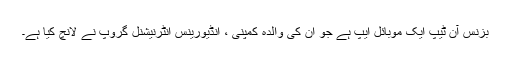
بزنس آن ٹیپ ایک موبائل ایپ ہے جو ان کی والدہ کمپنی ، انڈیورینس انٹرنیشنل گروپ نے لانچ کیا ہے۔